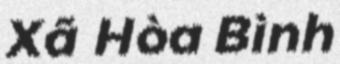
Xã Hòa Bình